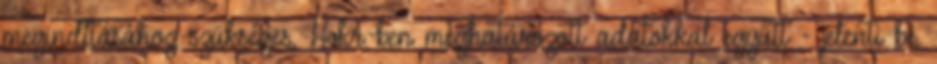
megindításához szükséges, Hvkr.-ben meghatározott adatokkal együtt - jelenti be.